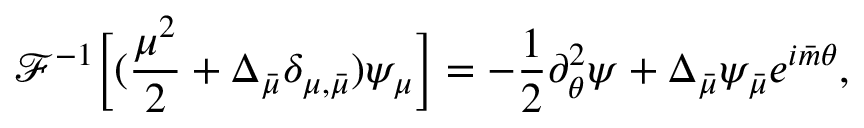
\mathcal { F } ^ { - 1 } \Big [ ( \frac { \mu ^ { 2 } } { 2 } + \Delta _ { \bar { \mu } } \delta _ { \mu , \bar { \mu } } ) \psi _ { \mu } \Big ] = - \frac { 1 } { 2 } \partial _ { \theta } ^ { 2 } \psi + \Delta _ { \bar { \mu } } \psi _ { \bar { \mu } } e ^ { i { \bar { m } } \theta } ,